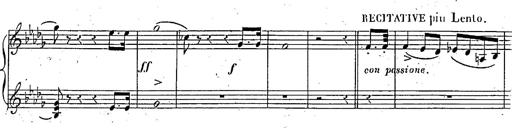
Title: Marche et Cavatine de Lucie de Lammermoor, S.398
Composer: Franz Liszt